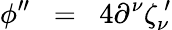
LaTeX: \phi^{\prime\prime}\; \; =\; \; 4\partial^{\nu}\zeta_{\nu}^{\, \prime}